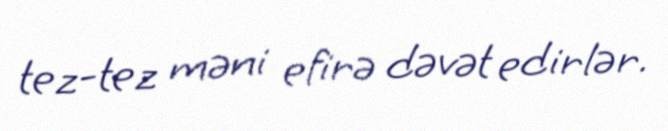
tez-tez məni efirə dəvət edirlər.